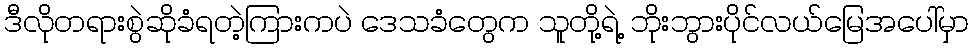
ဒီလိုတရားစွဲဆိုခံရတဲ့ကြားကပဲ ဒေသခံတွေက သူတို့ရဲ့ ဘိုးဘွားပိုင်လယ်မြေအပေါ်မှာ